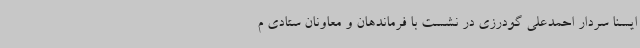
ایسنا سردار احمدعلی گودرزی در نشست با فرماندهان و معاونان ستادی م